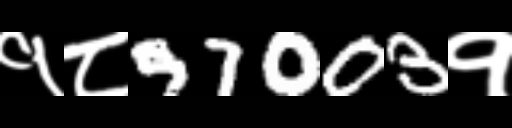
Text: १८97003१